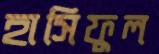
হাসিফুল